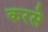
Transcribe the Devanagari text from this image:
करसे